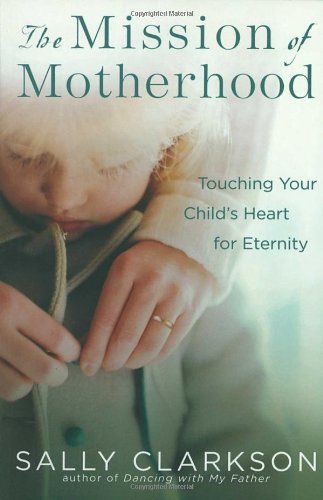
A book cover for The Mission of Motherhood: Touching Your Child's Heart for Eternity; Sally Clarkson; Parenting & Relationships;